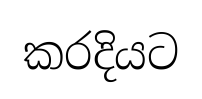
කරදියට